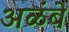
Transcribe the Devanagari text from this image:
अळंबे